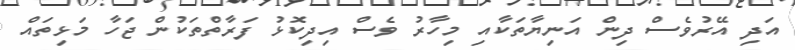
އަދި އޭރުވެސް ދިން އަނިޔާތަކާއި މިހާރު ވެސް އިދިކޮޅު ފަރާތްތަކުން ޖަހާ މަޅިތައް